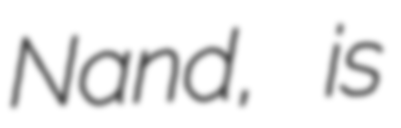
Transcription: Nand, is